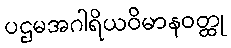
ပဌမအဂါရိယဝိမာနဝတ္ထု